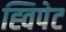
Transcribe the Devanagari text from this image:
ह्विपेट